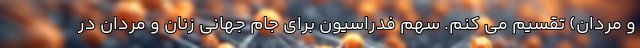
و مردان) تقسیم می کنم. سهم فدراسیون برای جام جهانی زنان و مردان در